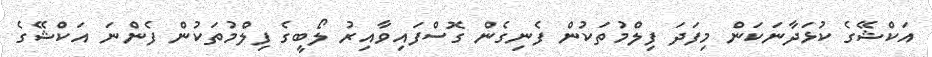
އަކްޝޭގެ ކުޅަދާނަކަން މިފަދަ ފިލްމުތަކުން ފެނިގެން ގޮސްފައިވާއިރު ލޯބީގެ ފިލްމުތަކުން ފެންނަ އަކްޝޭގެ